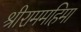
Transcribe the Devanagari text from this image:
श्रीराममहिमा